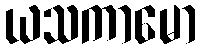
ယသကာမော